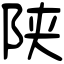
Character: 陕